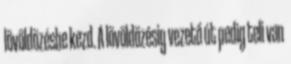
lövöldözésbe kezd. A lövöldözésig vezető út pedig teli van